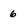
Character: 6